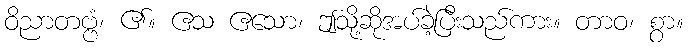
ဝိညာတဗ္ဗံ၊ ၏။ ဧသ ဧသော၊ ဤသို့ဆိုအပ်ခဲ့ပြီးသည်ကား။ တာဝ၊ စွာ။